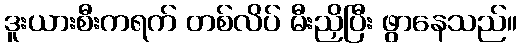
ဒူးယားစီးကရက် တစ်လိပ် မီးညှိပြီး ဖွာနေသည်။